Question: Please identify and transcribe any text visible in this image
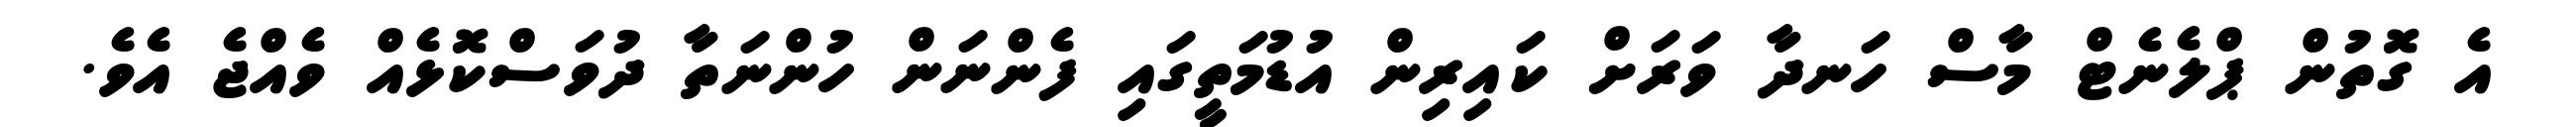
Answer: އެ ގޮތުން ޕްލެނެޓް މާސް ހަނދާ ވަރަށް ކައިރިން އުޑުމަތީގައި ފެންނަން ހުންނަތާ ދުވަސްކޮޅެއް ވެއްޖެ އެވެ.